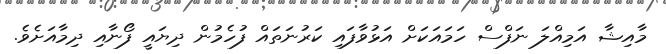
މާއިޝާ އަމިއްލަ ނަފްސް ހަމައަކަށް އަޅުވާފައި ކަރުނަތައް ފުހެމުން ދިޔައީ ފޯނާއި ދިމާއަށެވެ.